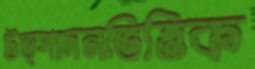
উত্পাদনভিত্তিক